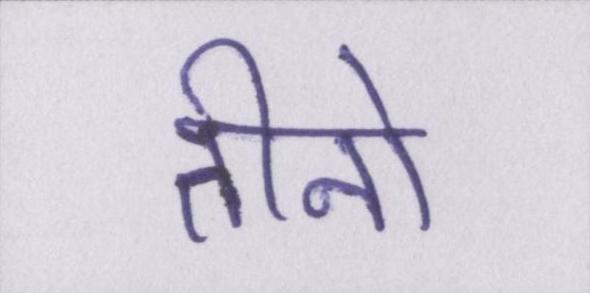
तीनो